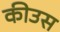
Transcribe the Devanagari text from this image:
कीउस